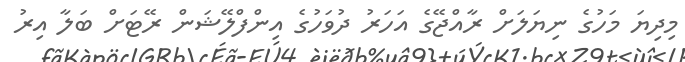
މިދިޔަ މަހުގެ ނިޔަލަށް ރާއްޖޭގެ އަހަރު ދުވަހުގެ އިންފްލޭޝަން ރޭޓަށް ބަލާ އިރު